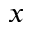
x